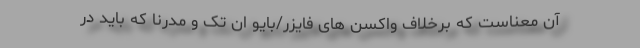
آن معناست که برخلاف واکسن های فایزر/بایو ان تک و مدرنا که باید در